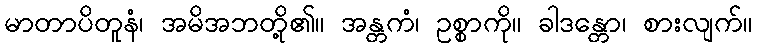
မာတာပိတူနံ၊ အမိအဘတို့၏။ အန္တကံ၊ ဥစ္စာကို။ ခါဒန္တော၊ စားလျက်။